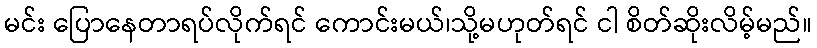
မင်း ပြောနေတာရပ်လိုက်ရင် ကောင်းမယ်၊သို့မဟုတ်ရင် ငါ စိတ်ဆိုးလိမ့်မည်။